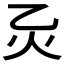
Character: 𪸍